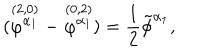
LaTeX: ( \stackrel { ( 2 , 0 ) } { \varphi ^ { \alpha _ { 1 } } } - \stackrel { ( 0 , 2 ) } { \varphi ^ { \alpha _ { 1 } } } ) = { \frac { 1 } { 2 } } \tilde { \phi } ^ { \alpha _ { 1 } } ,